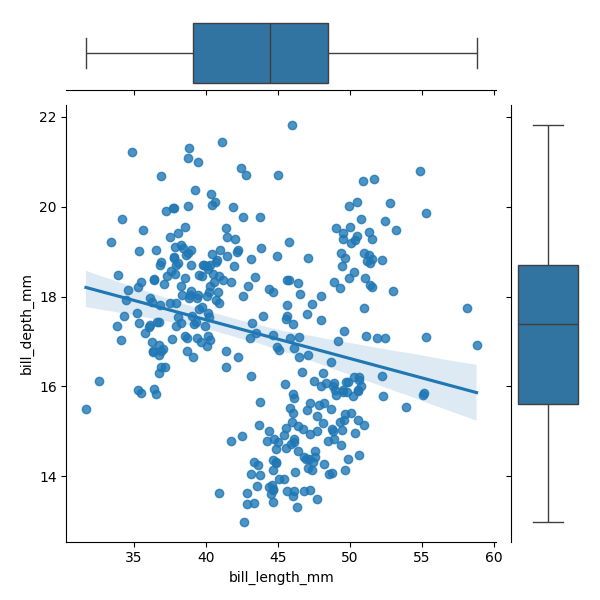
python, seaborn, JointGrid, regplot, boxplot